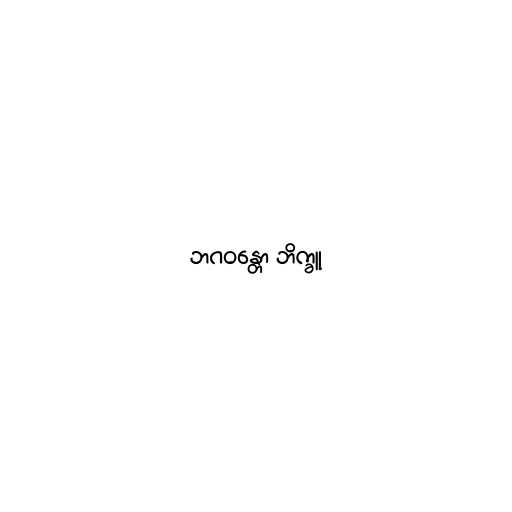
ဘဂဝန္တော ဘိက္ခူ